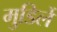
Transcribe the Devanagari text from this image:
मुडिर्ले